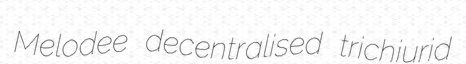
Melodee decentralised trichiurid